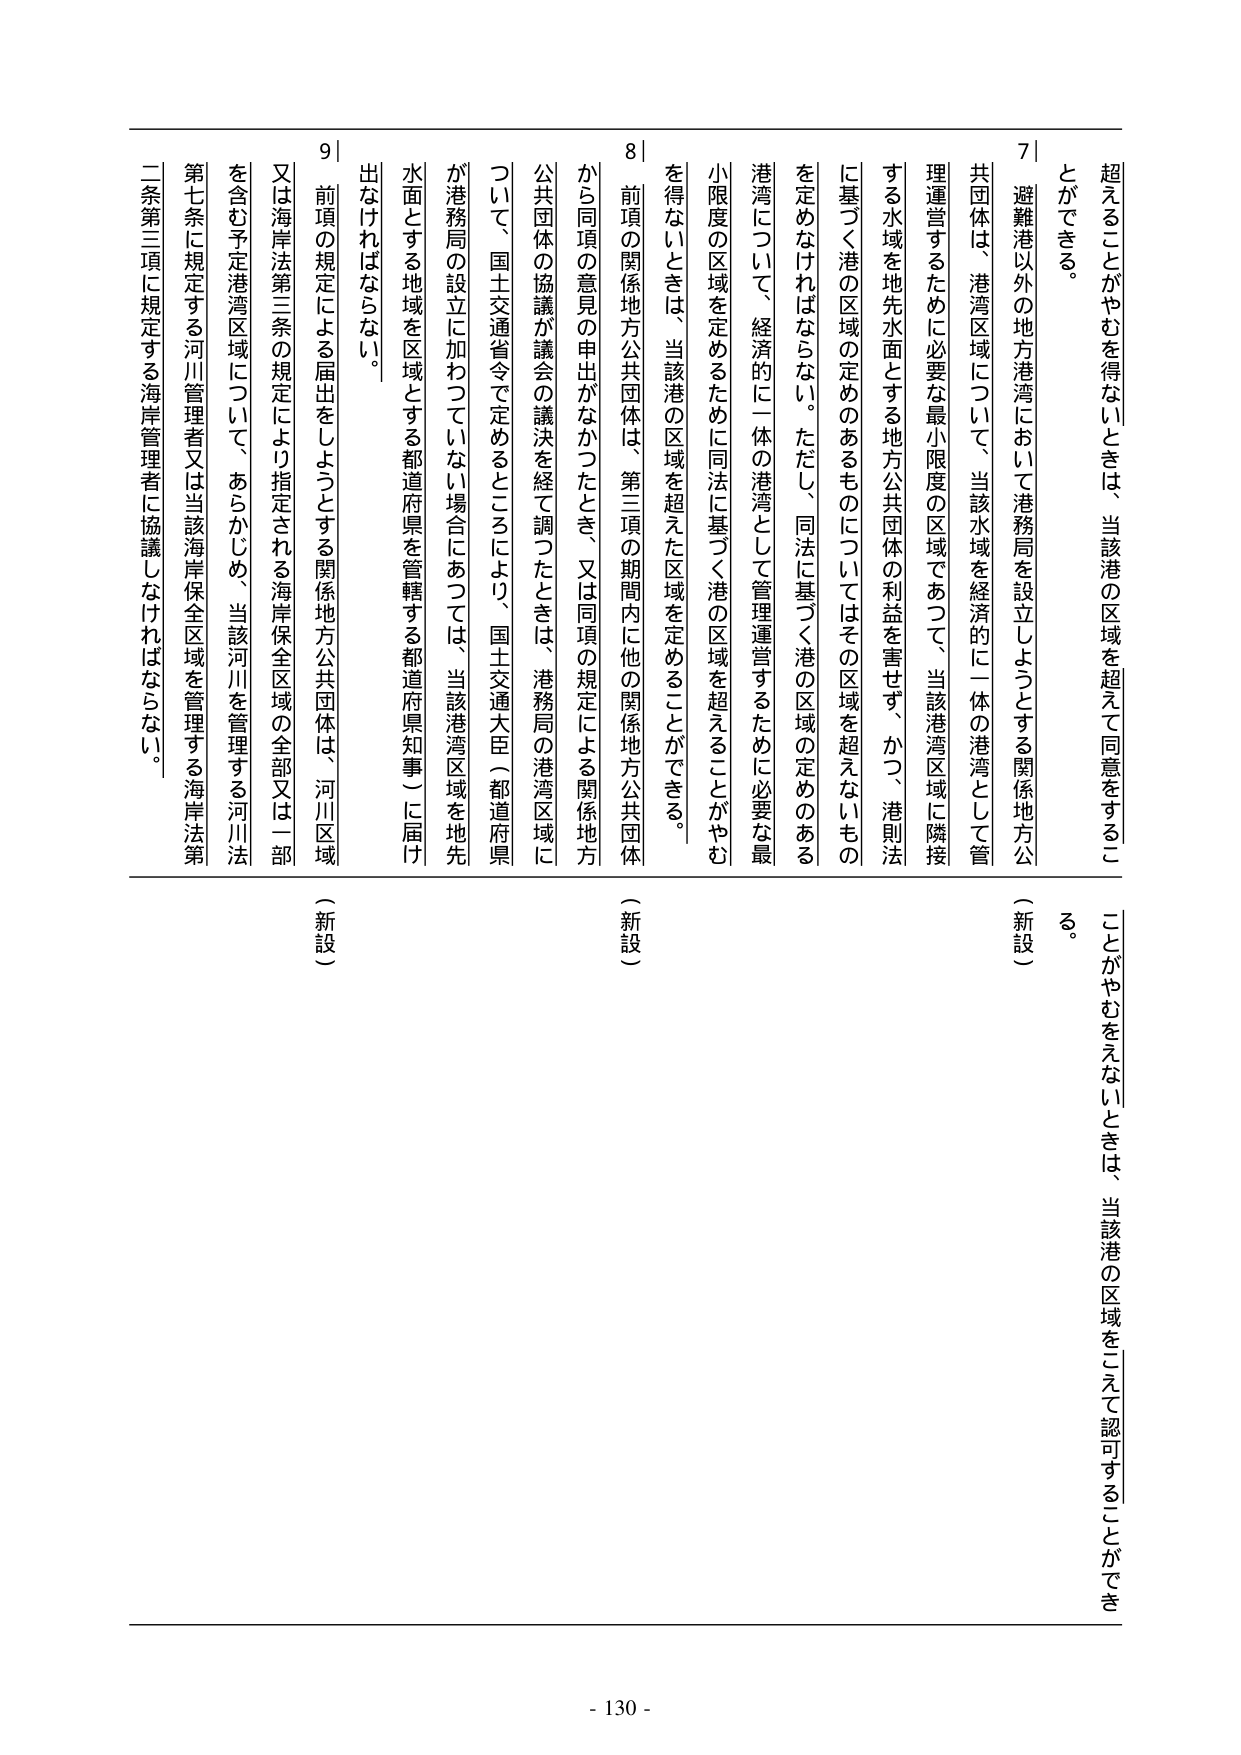
超えることがやむを得ないときは、当該港の区域を超えて同意をすることができる。
避難港以外の地方港湾において港務局を設立しようとする関係地方公共団体は、港湾区域について、当該水域を経済的に一体の港湾として管理運営するために必要な最小限度の区域であつて、当該港湾区域に隣接する水域を地先水面とする地方公共団体の利益を害せず、かつ、港則法に基づく港の区域の定めのあるものについてはその区域を超えないものを定めなければならない。ただし、同法に基づく港の区域の定めのある港湾について、経済的に一体の港湾として管理運営するために必要な最小限度の区域を定めるために同法に基づく港の区域を超えることがやむを得ないときは、当該港の区域を超えた区域を定めることができる。
（新設）
前項の関係地方公共団体は、第三項の期間内に他の関係地方公共団体から同項の意見の申出がなかったとき、又は同項の規定による関係地方公共団体の協議が議会の議決を経て調つたときは、港務局の港湾区域について、国土交通省令で定めるところにより、国土交通大臣（都道府県が港務局の設立に加わっていない場合にあつては、当該港湾区域を地先水面とする地域を区域とする都道府県を管轄する都道府県知事）に届け出なければならない。
（新設）
前項の規定による届出をしようとする関係地方公共団体は、河川区域又は海岸法第三条の規定により指定される海岸保全区域の全部又は一部を含む予定港湾区域について、あらかじめ、当該河川を管理する河川法第七条に規定する河川管理者又は当該海岸保全区域を管理する海岸法第二条第二項に規定する海岸管理者に協議しなければならない。
（新設）
- 130 -